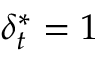
\delta _ { t } ^ { * } = 1